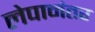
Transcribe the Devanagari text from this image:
लेपानंतर